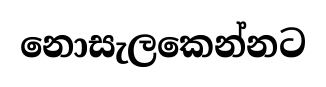
නොසැලකෙන්නට